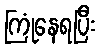
ကြုံနေရပြီး